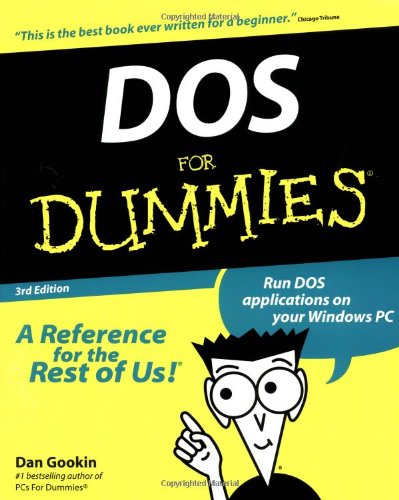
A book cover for DOS For Dummies; Dan Gookin; Computers & Technology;